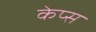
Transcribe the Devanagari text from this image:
केप्स